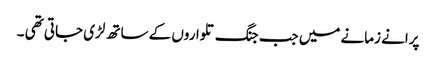
پرانے زمانے میں جب جنگ تلواروں کے ساتھ لڑی جاتی تھی ۔